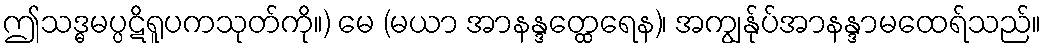
ဤသဒ္ဓမပ္ပဋိရူပကသုတ်ကို။) မေ (မယာ အာနန္ဒတ္ထေရေန)၊ အကျွန်ုပ်အာနန္ဒာမထေရ်သည်။